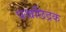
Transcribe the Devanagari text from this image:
पश्चछिद्रक